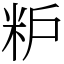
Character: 粐